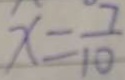
x = \frac { 7 } { 1 0 }